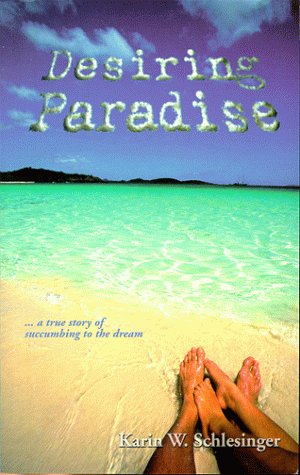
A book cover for Desiring Paradise... a true story of succumbing to the dream; Karin W. Schlesinger; Travel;